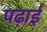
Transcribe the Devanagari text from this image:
पढ़ाईं